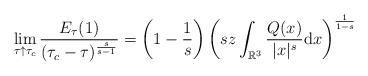
LaTeX: \begin{align*} \lim_{\tau\uparrow \tau_{c}} \frac{E_{\tau}(1)}{(\tau_c-\tau)^{\frac{s}{s-1}}} = \left(1-\frac{1}{s}\right) \left(sz\int_{\mathbb{R}^3}\frac{Q(x)}{|x|^{s}}{\rm d}x\right)^{\frac{1}{1-s}}\end{align*}